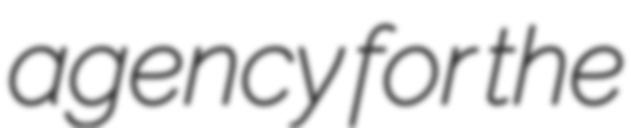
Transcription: agency for the